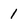
Character: 1